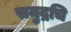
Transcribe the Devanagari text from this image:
समुद्रचि